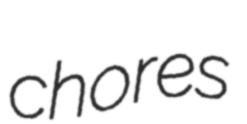
chores